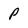
Character: P